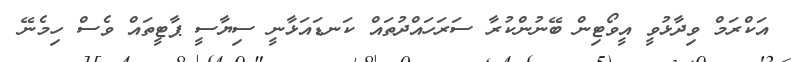
އަކްރަމް ވިދާޅުވީ އީވޯޓިން ބޭނުންކުރާ ސަރަހައްދުތައް ކަނޑައަޅާނީ ސިޔާސީ ޕާޓީތައް ވެސް ހިމެނޭ